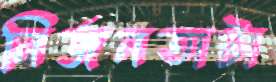
নির্জনতাটা